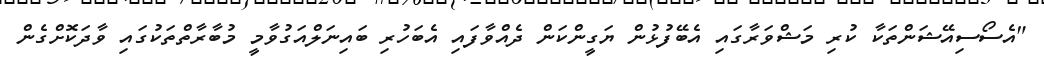
"އެސޯސިއޭޝަންތަކާ ކުރި މަޝްވަރާގައި އެބޭފުޅުން ޔަގީންކަން ދެއްވާފައި އެބަހުރި ބައިނަލްއަގުވާމީ މުބާރާތްތަކުގައި ވާދަކޮށްގެން